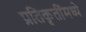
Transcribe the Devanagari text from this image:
प्रतिकृतींमध्ये